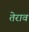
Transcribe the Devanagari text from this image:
तेराव